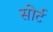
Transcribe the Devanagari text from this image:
सोर्ट